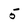
Character: 5